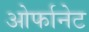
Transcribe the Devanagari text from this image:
ओर्फानेट